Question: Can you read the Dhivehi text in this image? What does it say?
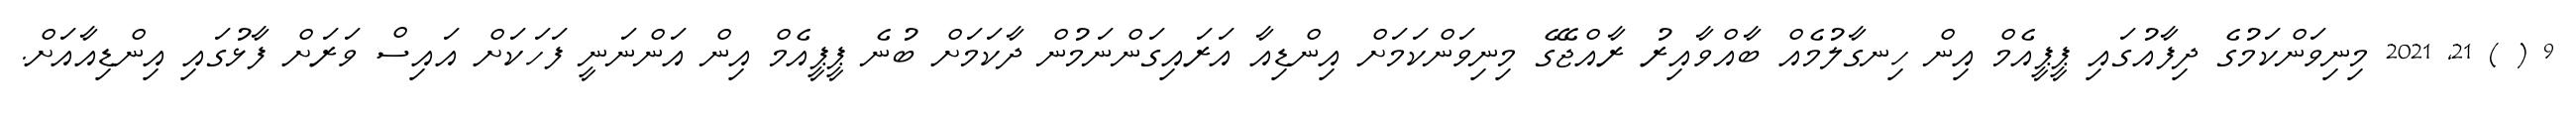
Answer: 9 ( ) 21, 2021 މިނިވަންކަމުގެ ދިފާއުގައި ޕީޕީއެމް އިން ހިނގާލުމެއް ބާއްވާއިރު ރާއްޖޭގެ މިނިވަންކަމަށް އިންޑިއާ އަރައިގަންނަމުން ދާކަމަށް ބުނެ ޕީޕީއެމް އިން އަންނަނީ ފަހަކަށް އައިސް ވަރަށް ފާޅުގައި އިންޑިއާއަށް.